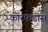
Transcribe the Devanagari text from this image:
कोरफडीस